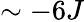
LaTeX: \sim-6J